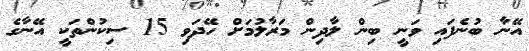
އޭނާ ބުނެފައި ވަނީ ބިން ލާދިން މަރާލުމަށް ހޭދަވި 15 ސިކުންތަކީ އޭނާގެ